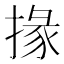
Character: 掾